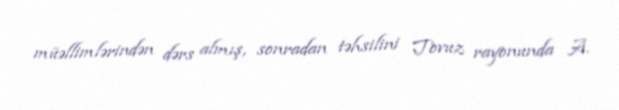
müəllimlərindən dərs almış, sonradan təhsilini Tovuz rayonunda A.